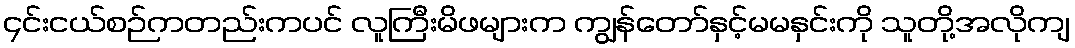
၄င်းငယ်စဉ်ကတည်းကပင် လူကြီးမိဖများက ကျွန်တော်နှင့်မမနှင်းကို သူတို့အလိုကျ